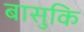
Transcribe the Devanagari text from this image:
बासुकि